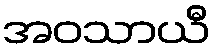
အဝသာယီ